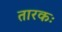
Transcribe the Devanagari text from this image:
तारकः